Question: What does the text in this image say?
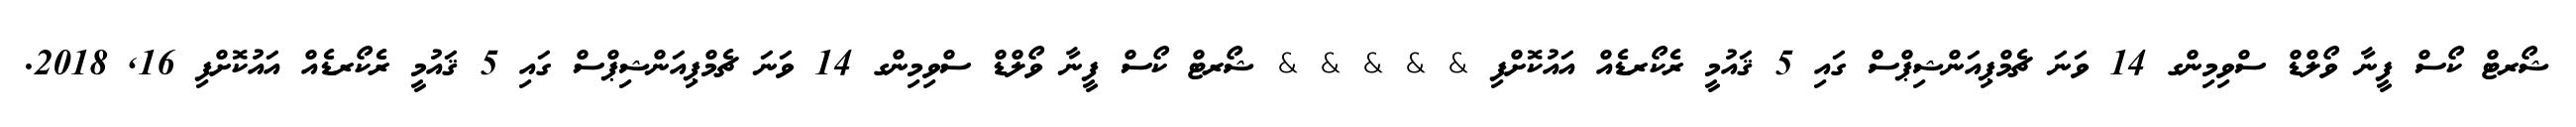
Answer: ޝޯރޓް ކޯސް ފީނާ ވޯލްޑް ސްވިމިންގ 14 ވަނަ ޗެމްޕިއަންޝިޕްސް ގައި 5 ޤައުމީ ރެކޯރޑެއް އައުކޮށްފި & & & & & ޝޯރޓް ކޯސް ފީނާ ވޯލްޑް ސްވިމިންގ 14 ވަނަ ޗެމްޕިއަންޝިޕްސް ގައި 5 ޤައުމީ ރެކޯރޑެއް އައުކޮށްފި 16, 2018.